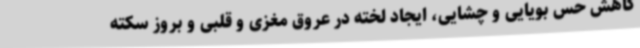
کاهش حس بویایی و چشایی، ایجاد لخته در عروق مغزی و قلبی و بروز سکته